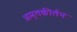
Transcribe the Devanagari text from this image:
अमृतकीर्तन